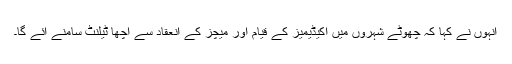
انہوں نے کہا کہ چھوٹے شہروں میں اکیڈیمیز کے قیام اور میچز کے انعقاد سے اچھا ٹیلنٹ سامنے آئے گا۔